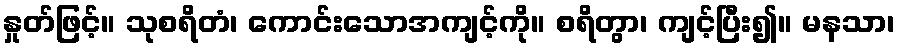
နှုတ်ဖြင့်။ သုစရိတံ၊ ကောင်းသောအကျင့်ကို။ စရိတွာ၊ ကျင့်ပြီး၍။ မနသာ၊